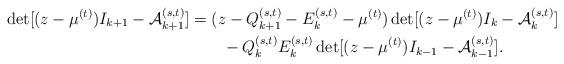
LaTeX: \begin{align*}\det[(z-\mu^{(t)})I_{k+1}-{\cal A}_{k+1}^{(s,t)}]&=(z-Q_{k+1}^{(s,t)}-E_{k}^{(s,t)}-\mu^{(t)})\det[(z-\mu^{(t)})I_{k}-{\cal A}_{k}^{(s,t)}]\\&\quad\quad-Q_{k}^{(s,t)}E_{k}^{(s,t)}\det[(z-\mu^{(t)})I_{k-1}-{\cal A}_{k-1}^{(s,t)}].\end{align*}